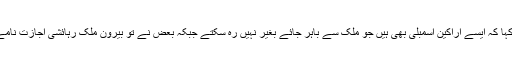
وزیرِاعظم عمران خان نے کہا کہ ایسے اراکین اسمبلی بھی ہیں جو ملک سے باہر جائے بغیر نہیں رہ سکتے جبکہ بعض نے تو بیرون ملک رہائشی اجازت نامے اور اقامے لیے ہوئے ہیں۔